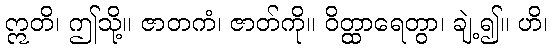
ဣတိ၊ ဤသို့။ ဇာတကံ၊ ဇာတ်ကို။ ဝိတ္ထာရေတွာ၊ ချဲ့၍။ ဟိ၊